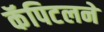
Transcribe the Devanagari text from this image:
कॅपिटलने